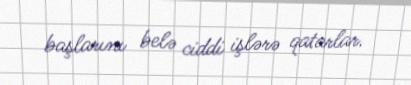
başlarını belə ciddi işlərə qatarlar.